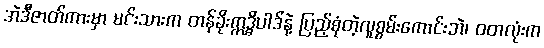
အဲဒီဇာတ်ကားမှာ မင်းသားက တန်ခိုးဣဒ္ဓိပါဒ်နဲ့ ပြည့်စုံတဲ့လူစွမ်းကောင်းဘဲ၊ ဝတလုံးက